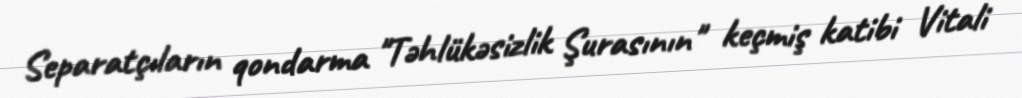
Separatçıların qondarma "Təhlükəsizlik Şurasının" keçmiş katibi Vitali